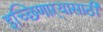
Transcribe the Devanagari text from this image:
इच्छिणाऱ्यासाठी